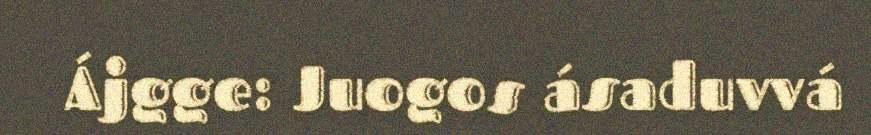
Ájgge: Juogos ásaduvvá